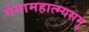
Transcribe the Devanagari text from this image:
गंगामहात्म्यसमु